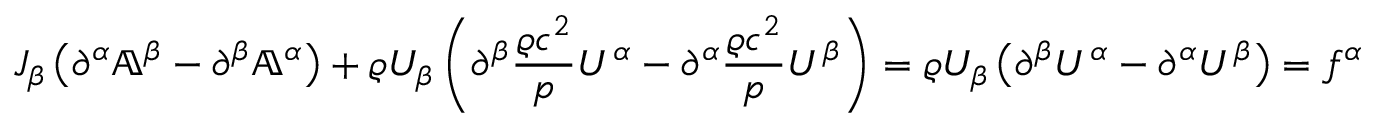
J _ { \beta } \left( \partial ^ { \alpha } \mathbb { A } ^ { \beta } - \partial ^ { \beta } \mathbb { A } ^ { \alpha } \right) + \varrho U _ { \beta } \left( \partial ^ { \beta } \frac { \varrho c ^ { 2 } } { p } U ^ { \alpha } - \partial ^ { \alpha } \frac { \varrho c ^ { 2 } } { p } U ^ { \beta } \right) = \varrho U _ { \beta } \left( \partial ^ { \beta } U ^ { \alpha } - \partial ^ { \alpha } U ^ { \beta } \right) = f ^ { \alpha }